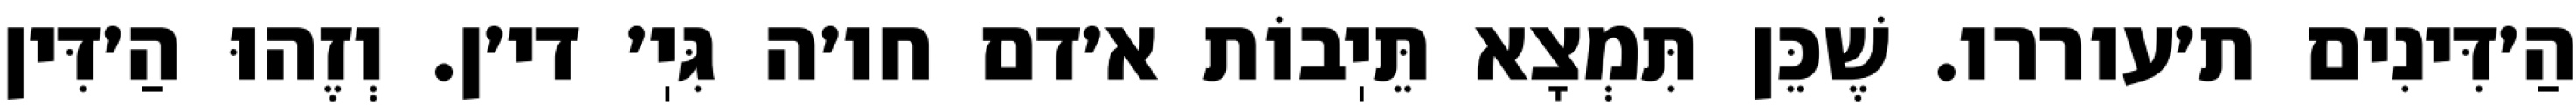
הַ׳דִּינִים ת׳עוררו. שֶׁכֵּן תִּמְצָא תֵּיֽבוֹת א׳דם חו׳ה גִּיֽ׳ די׳ן. וְזֶהוּ הַ׳דִּין